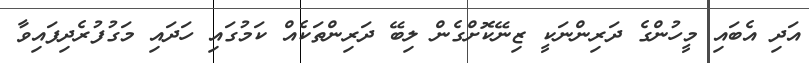
އަދި އެބައި މީހުންގެ ދަރިންނަކީ ޒިނޭކޮށްގެން ލިބޭ ދަރިންތަކެއް ކަމުގައި ހަދައި މަގުފުރެދިފައިވާ